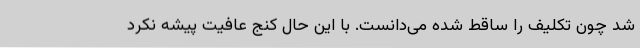
شد چون تکلیف را ساقط شده می‌دانست. با این حال کنج عافیت پیشه نکرد